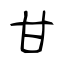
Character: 甘